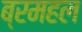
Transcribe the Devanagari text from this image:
ब्रमहल